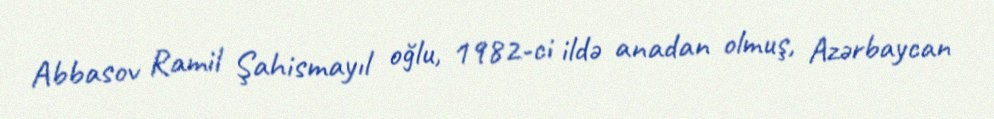
Abbasov Ramil Şahismayıl oğlu, 1982-ci ildə anadan olmuş, Azərbaycan